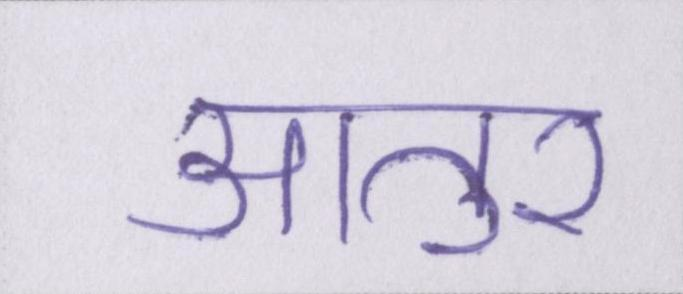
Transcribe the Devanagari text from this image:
आतुर